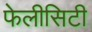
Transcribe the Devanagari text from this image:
फेलीसिटी